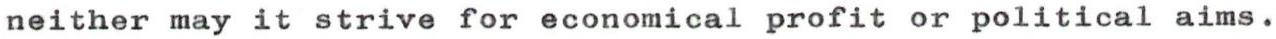
neither may it strive for economical profit or political aims.